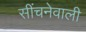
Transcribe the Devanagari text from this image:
सींचनेवाली